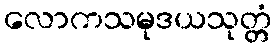
လောကသမုဒယသုတ္တံ